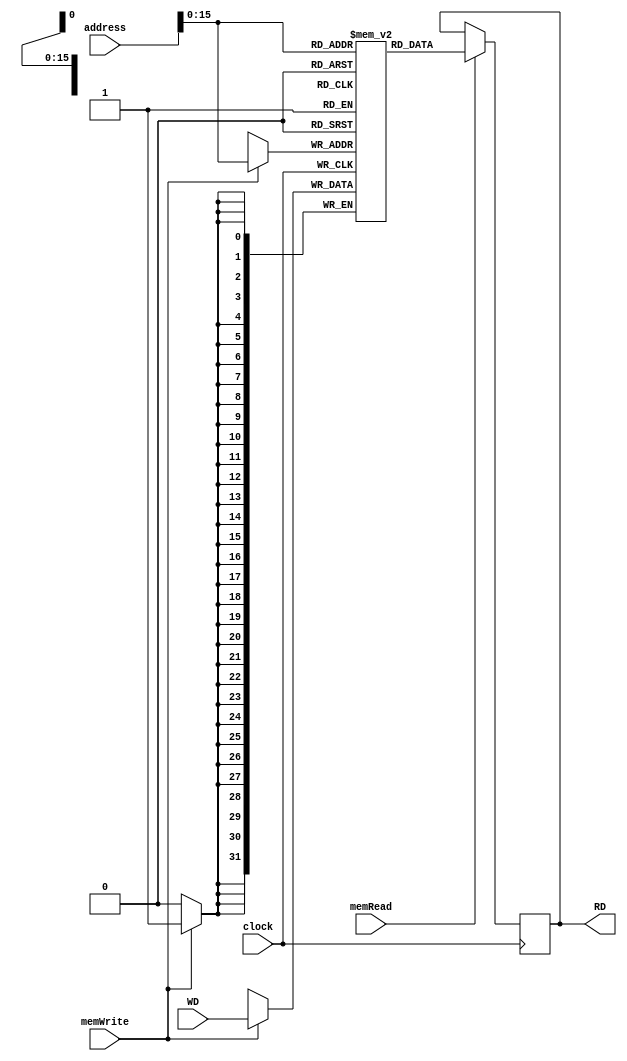
`timescale 1ns / 1ps
//////////////////////////////////////////////////////////////////////////////////
// Company: 
// Engineer: 
// 
// Design Name: 
// Module Name: data
// Project Name: 
// Target Devices: 
// Tool Versions: 
// Description: datamem.v represents the data memory unit module. It manages
//              the data memory inside based on given address and the input to the two
//              control selectors. Can write and read data. It is sequential module
//              and requires a clock.
// Dependencies: 
// 
// Revision:
// Revision 0.01 - File Created
// Additional Comments:
// 
//////////////////////////////////////////////////////////////////////////////////


module data(clock, memWrite, memRead, address, WD, RD);
//initialization of variables
input clock;
input memWrite; // control selector determining write to data operation
input memRead;  // control selector determining read from data operation

// 2-d array for internal data representation
reg [31:0] data[65535:0];

input [31:0] address;
input [31:0] WD; // write to data input

output reg [31:0] RD; // read from data output

//integer i;
//initial
//begin
//    for (i = 0; i < 65536; i = i + 1)
//    begin
//        data[i] = 0;
//    end
//end

// initial block, data[0-19] 20 random numbers
initial
begin
    data[0] = 20123;
    data[1] = 18833;
    data[2] = 39041;
    data[3] = -16424;
    data[4] = 36453;
    data[5] = 11705;
    data[6] = -49943;
    data[7] = 58324; // largest max number
    data[8] = -35654;
    data[9] = -37822;
    data[10] = -2700;
    data[11] = 2050;
    data[12] = 46716;
    data[13] = -40214;
    data[14] = -19144;
    data[15] = -26370;
    data[16] = -17979;
    data[17] = -26735;
    data[18] = -29557;
    data[19] = 14800;
end

// at positive edge of clock, update the output
always@(negedge clock)
begin
    // use address to index into the data memory to read the desired data if control selector is 1
    if (memRead == 1)
        RD = data[address[15:0]];
    // use address to index into the data memory to write the desired data if control selector is 1
    if (memWrite == 1)
        data[address[15:0]] = WD;
end
endmodule